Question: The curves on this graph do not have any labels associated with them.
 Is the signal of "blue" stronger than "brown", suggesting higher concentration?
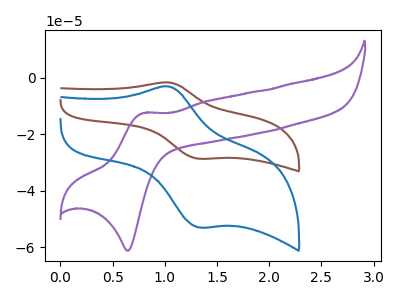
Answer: <think>The brown curve "brown" has an anodic peak at (1.05V, -1.65uA) and a cathodic peak at (1.35V, -28.65uA). The purple curve "purple" has an anodic peak at (0.80V, -12.50uA) and a cathodic peak at (0.65V, -61.20uA). The blue curve "blue" has an anodic peak at (1.05V, -3.05uA) and a cathodic peak at (1.35V, -52.95uA).
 All the peaks in "blue" have a peak in "brown" at the same potential.</think>
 <answer>I cant tell if "blue" or "brown" has higher concentration.</answer>
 <eval>mixed_concentration</eval>